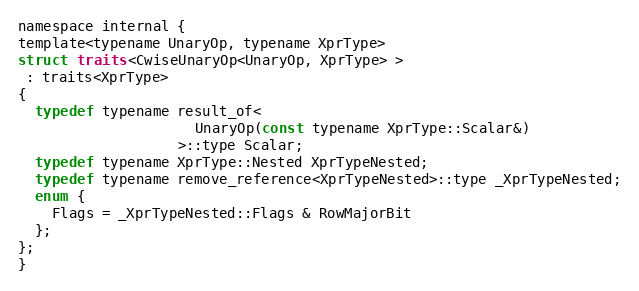
Language: C
namespace internal {
template<typename UnaryOp, typename XprType>
struct traits<CwiseUnaryOp<UnaryOp, XprType> >
 : traits<XprType>
{
  typedef typename result_of<
                     UnaryOp(const typename XprType::Scalar&)
                   >::type Scalar;
  typedef typename XprType::Nested XprTypeNested;
  typedef typename remove_reference<XprTypeNested>::type _XprTypeNested;
  enum {
    Flags = _XprTypeNested::Flags & RowMajorBit
  };
};
}